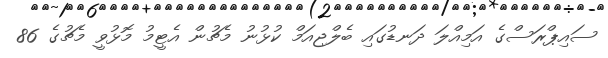
ސައިޕްރަސްގެ އަމިއްލަ ދަނޑުގައި ބެލްޖިއަމް ކުޅުނު މެޗުން އެޓީމު މޮޅުވީ މެޗުގެ 86